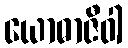
ယောဓာဇီဝါ